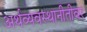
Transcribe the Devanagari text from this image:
अर्थव्यवस्थानीतीवर